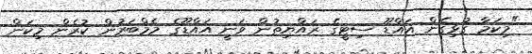
"މިކަމާ ގުޅިގެން އައްޑޫ ސިޓީގެ ރައްޔިތުން ވަނީ އައްޑޫގެ މެމްބަރުން ކުރެން މިކަން